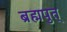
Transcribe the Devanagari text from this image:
ब्रह्मपुत्